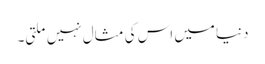
دنیا میں اس کی مثال نہیں ملتی۔